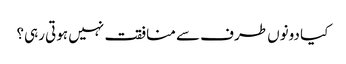
کیا دونوں طرف سے منافقت نہیں ہوتی رہی؟